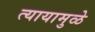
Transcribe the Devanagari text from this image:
त्यायामुळे